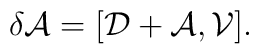
\delta \mathcal{A}=[\mathcal{D}+\mathcal{A} , \mathcal{V} ].